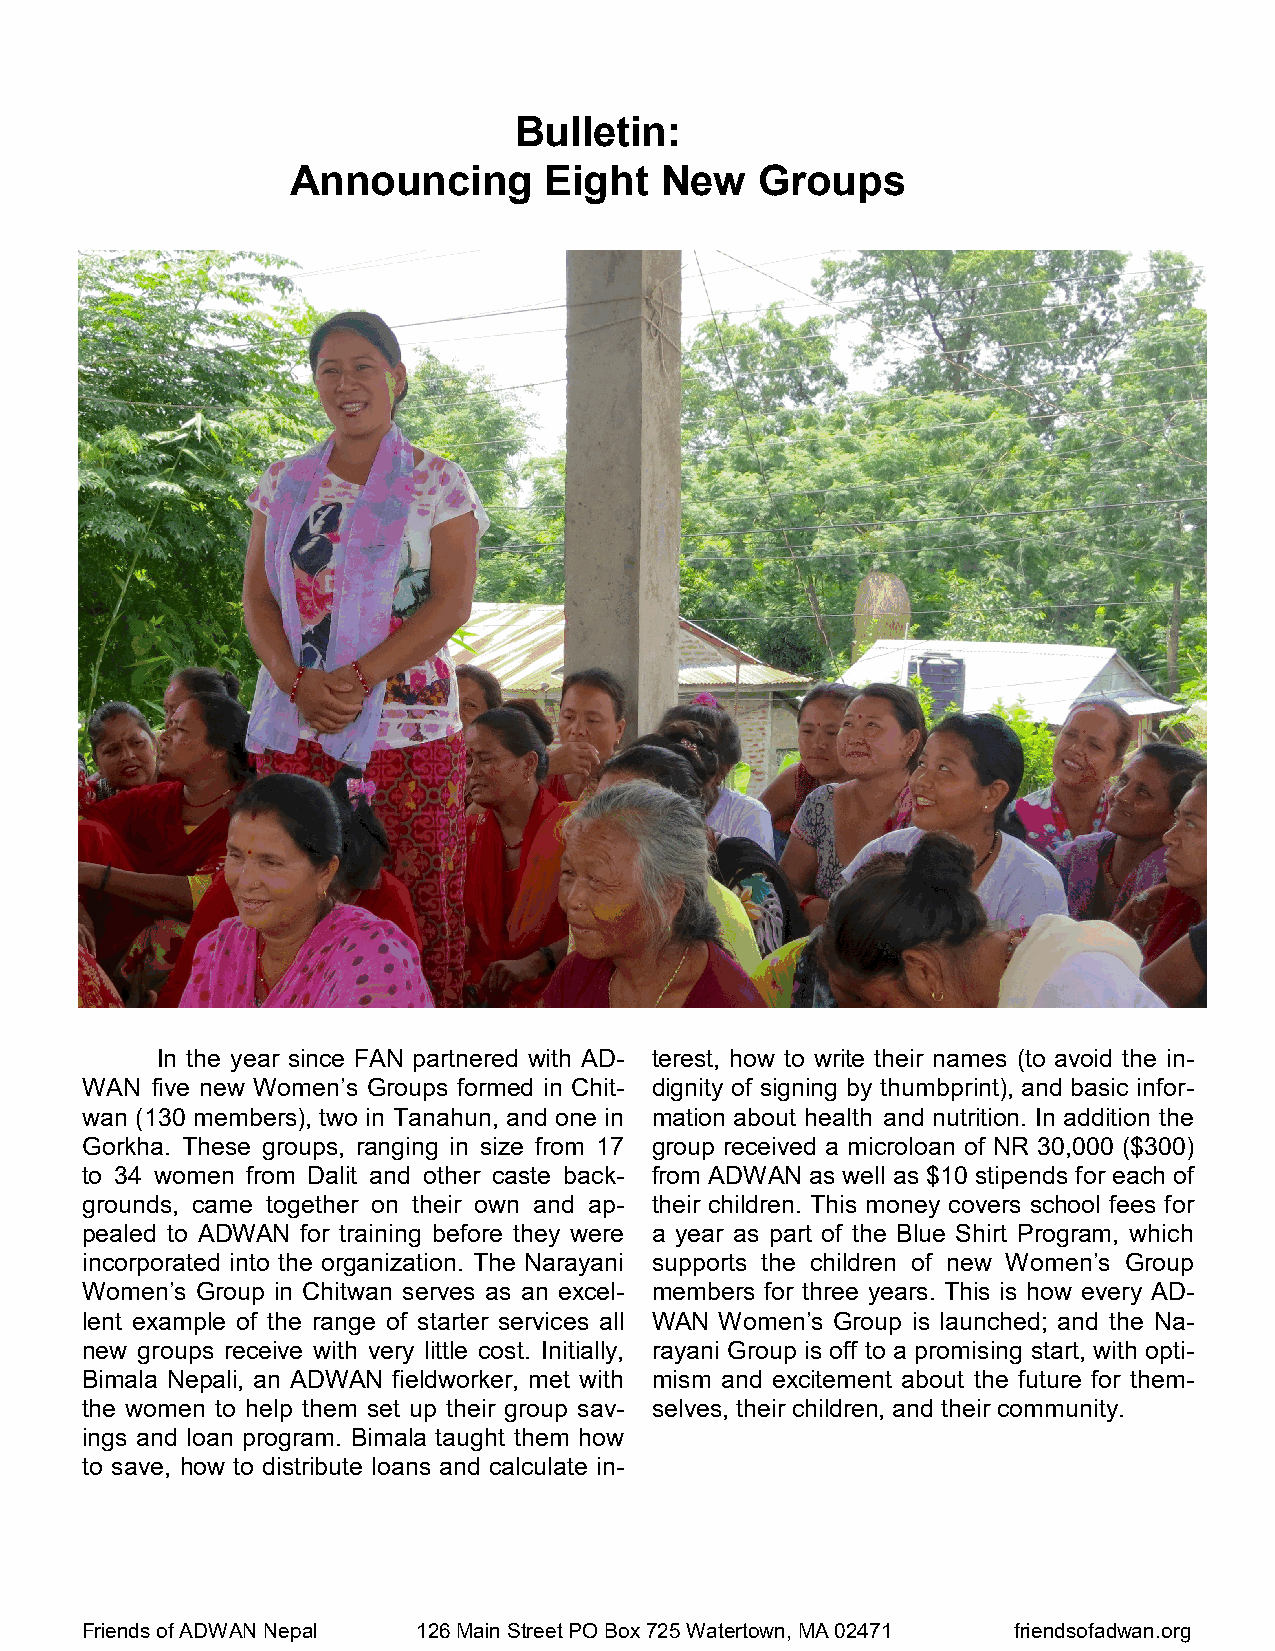
Bulletin:
 Announcing       Eight   New   Groups
 In the year since FAN partnered with AD- terest, how to write their names (to avoid the in-
 WAN  five new Women’s Groups formed in Chit- dignity of signing by thumbprint), and basic infor-
 wan (130 members), two in Tanahun, and one in mation about health and nutrition. In addition the
 Gorkha. These groups, ranging in size from 17 group received a microloan of NR 30,000 ($300)
 to 34 women from Dalit and other caste back- from ADWAN as well as $10 stipends for each of
 grounds, came together on their own and ap- their children. This money covers school fees for
 pealed to ADWAN for training before they were a year as part of the Blue Shirt Program, which
 incorporated into the organization. The Narayani supports the children of new Women’s Group
 Women’s Group in Chitwan serves as an excel- members for three years. This is how every AD-
 lent example of the range of starter services all WAN Women’s Group is launched; and the Na-
 new groups receive with very little cost. Initially, rayani Group is off to a promising start, with opti-
 Bimala Nepali, an ADWAN fieldworker, met with mism and excitement about the future for them-
 the women to help them set up their group sav- selves, their children, and their community.
 ings and loan program. Bimala taught them how
 to save, how to distribute loans and calculate in-
 Friends of ADWAN Nepal 126 Main Street PO Box 725 Watertown, MA 02471 friendsofadwan.org